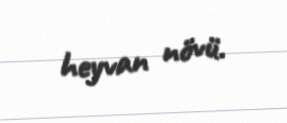
heyvan növü.